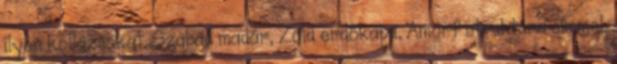
ilyen kollázsokat, Szabad madár, Zöld erdőkapu, Amorf struktúra címmel.